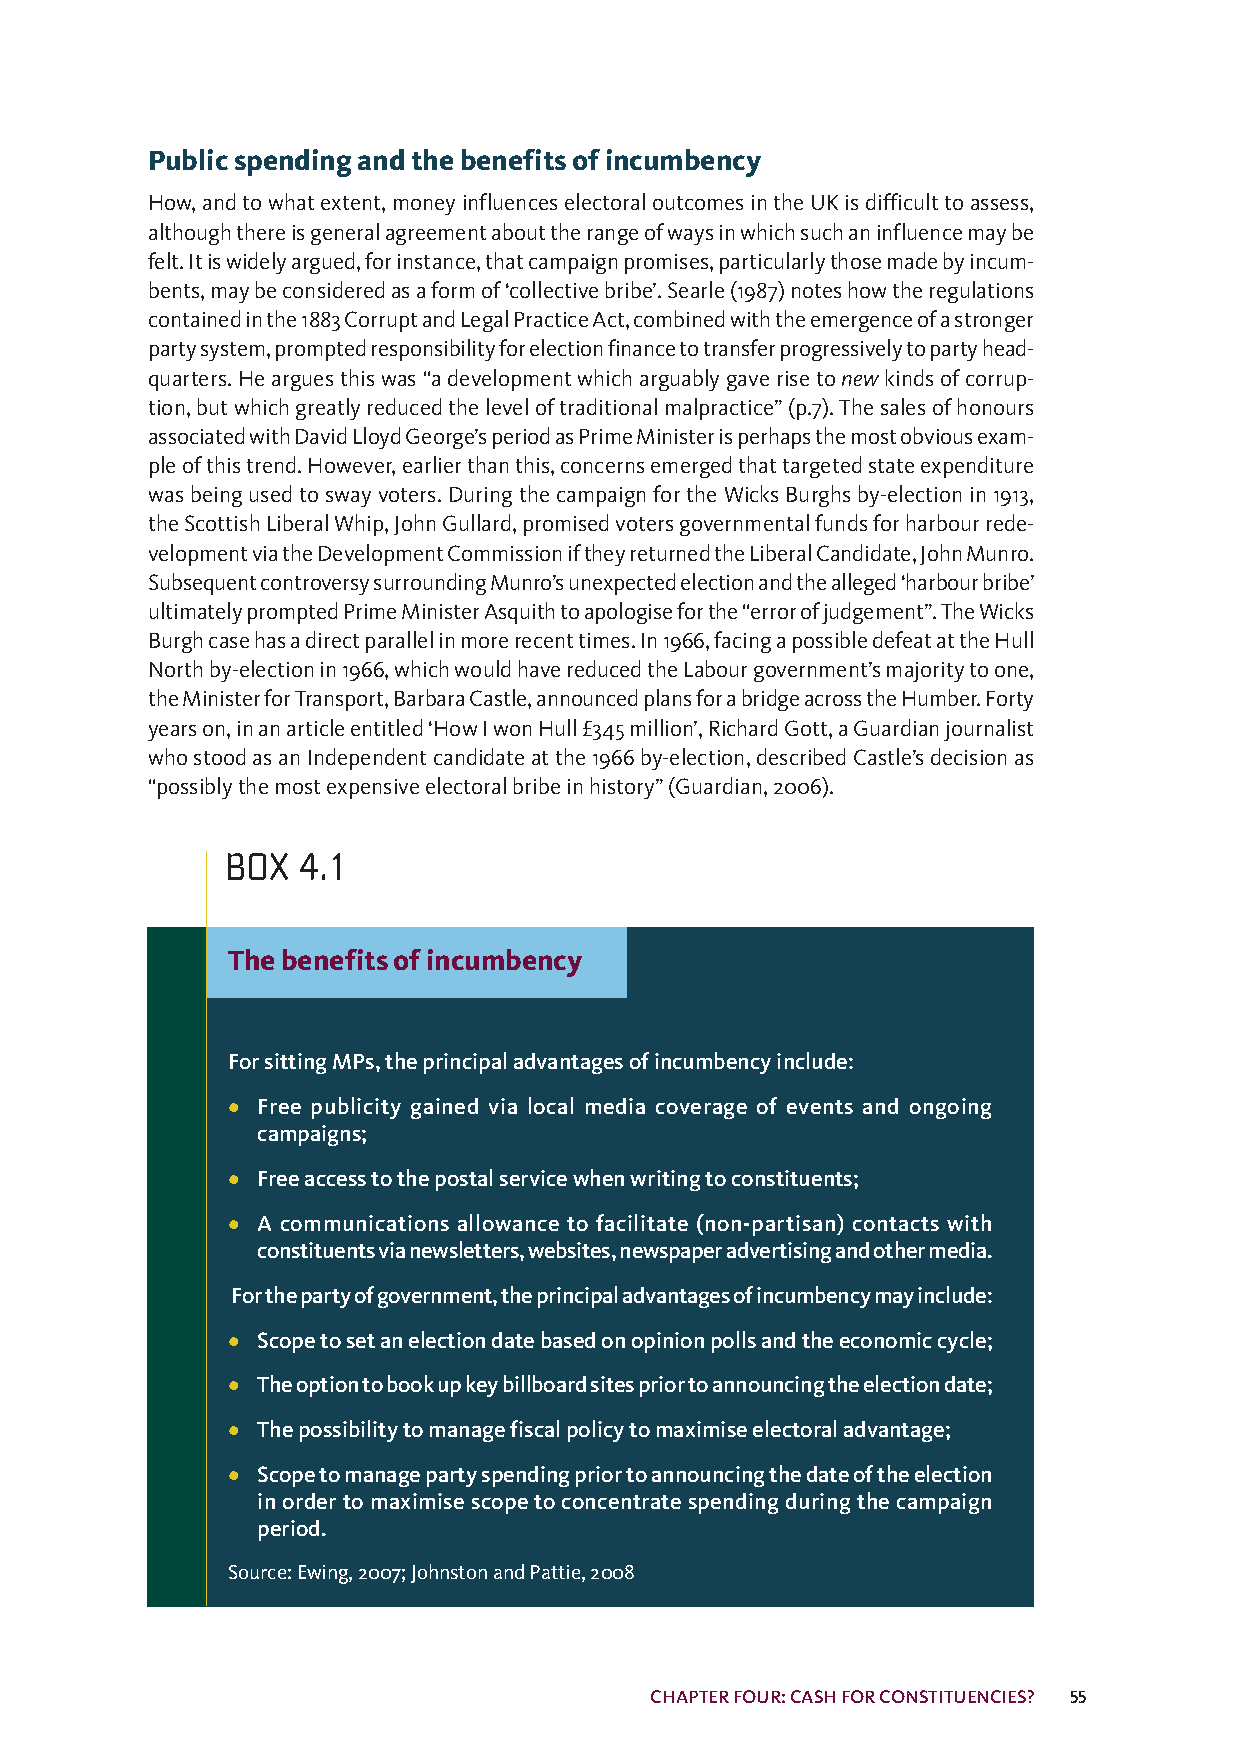
Publicspendingandthebenefitsofincumbency
 How,andtowhatextent,moneyinfluenceselectoraloutcomesintheUKisdifficulttoassess,
 althoughthereisgeneralagreementabouttherangeofwaysinwhichsuchaninfluencemaybe
 felt.Itiswidelyargued,forinstance,thatcampaignpromises,particularlythosemadebyincum-
 bents,maybeconsideredasaformof‘collectivebribe’.Searle(1987)noteshowtheregulations
 containedinthe1883CorruptandLegalPracticeAct,combinedwiththeemergenceofastronger
 partysystem,promptedresponsibilityforelectionfinancetotransferprogressivelytopartyhead-
 quarters.Hearguesthiswas“adevelopmentwhicharguablygaverisetonewkindsofcorrup-
 tion,butwhichgreatlyreducedtheleveloftraditionalmalpractice”(p.7).Thesalesofhonours
 associatedwithDavidLloydGeorge’speriodasPrimeMinisterisperhapsthemostobviousexam-
 pleofthistrend.However,earlierthanthis,concernsemergedthattargetedstateexpenditure
 wasbeingusedtoswayvoters.DuringthecampaignfortheWicksBurghsby-electionin1913,
 theScottishLiberalWhip,JohnGullard,promisedvotersgovernmentalfundsforharbourrede-
 velopmentviatheDevelopmentCommissioniftheyreturnedtheLiberalCandidate,JohnMunro.
 SubsequentcontroversysurroundingMunro’sunexpectedelectionandthealleged‘harbourbribe’
 ultimatelypromptedPrimeMinisterAsquithtoapologiseforthe“errorofjudgement”.TheWicks
 Burghcasehasadirectparallelinmorerecenttimes.In1966,facingapossibledefeatattheHull
 Northby-electionin1966,whichwouldhavereducedtheLabourgovernment’smajoritytoone,
 theMinisterforTransport,BarbaraCastle,announcedplansforabridgeacrosstheHumber.Forty
 yearson,inanarticleentitled‘HowIwonHull£345million’,RichardGott,aGuardianjournalist
 whostoodasanIndependentcandidateatthe1966by-election,describedCastle’sdecisionas
 “possiblythemostexpensiveelectoralbribeinhistory”(Guardian,2006).
 BOX  4.1
 Thebenefitsofincumbency
 ForsittingMPs,theprincipaladvantagesofincumbencyinclude:
 • Free publicity gained via local media coverage of events and ongoing
 campaigns;
 • Freeaccesstothepostalservicewhenwritingtoconstituents;
 • A communications allowance to facilitate (non-partisan) contacts with
 constituentsvianewsletters,websites,newspaperadvertisingandothermedia.
 Forthepartyofgovernment,theprincipaladvantagesofincumbencymayinclude:
 • Scopetosetanelectiondatebasedonopinionpollsandtheeconomiccycle;
 • Theoptiontobookupkeybillboardsitespriortoannouncingtheelectiondate;
 • Thepossibilitytomanagefiscalpolicytomaximiseelectoraladvantage;
 • Scopetomanagepartyspendingpriortoannouncingthedateoftheelection
 inordertomaximisescopetoconcentratespendingduringthecampaign
 period.
 Source:Ewing,2007;JohnstonandPattie,2008
 CHAPTERFOUR:CASHFORCONSTITUENCIES? 55